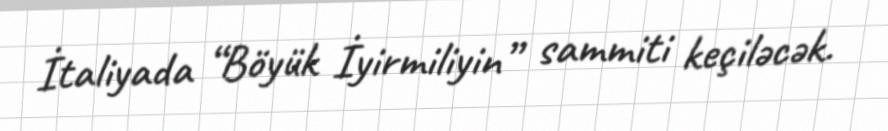
İtaliyada “Böyük İyirmiliyin” sammiti keçiləcək.